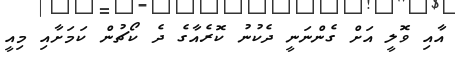
އާއި ވޮލީ އަށް ގެންނަނީ ދެކުނު ކޮރެއާގެ ދެ ކޯޗުން ކަމަށާއި މިއީ